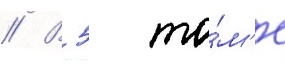
// В 5 то́м'е